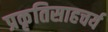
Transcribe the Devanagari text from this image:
प्रकृतिसाहचर्य